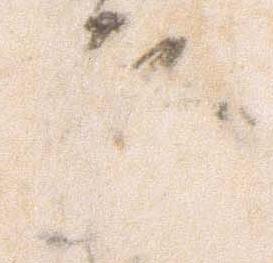
永